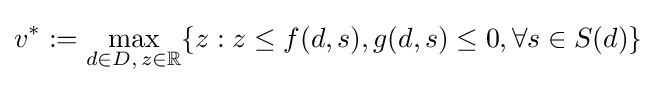
v^{*}:=\max _{d\in D,\,z\in \mathbb {R} }\{z:z\leq f(d,s),g(d,s)\leq 0,\forall s\in S(d)\}